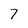
Character: 7